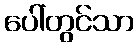
ပေါ်တွင်သာ